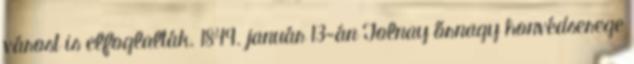
várost is elfoglalták. 1849. január 13-án Tolnay őrnagy honvédserege